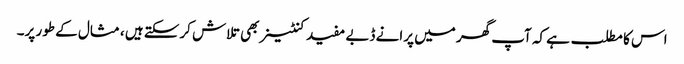
اس کا مطلب ہے کہ آپ گھر میں پرانے ڈبے مفید کنٹینر بھی تلاش کرسکتے ہیں ، مثال کے طور پر۔